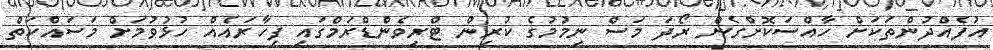
އުފެއްދުންތަކަށް ހާއްސަކޮށްގެން ރޯދަ މަސް ނިމުމުގެ ކުރިން ޓްރިވެންޑްރަމްގައި ފިހާރައެއް ހުޅުވުމަށް މަސައްކަތް